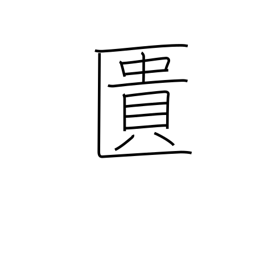
Meaning: coffer